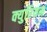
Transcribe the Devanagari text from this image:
क्युरियम